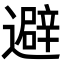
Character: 避